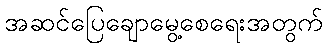
အဆင်ပြေချောမွေ့စေရေးအတွက်